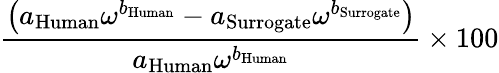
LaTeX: \displaystyle\frac{\left(a_{\mathrm{Human}}\omega^{b_{\mathrm{Human}}}-a_{\mathrm{Surrogate}}\omega^{b_{\mathrm{Surrogate}}}\right)}{a_{\mathrm{Human}}\omega^{b_{\mathrm{Human}}}}\times 100